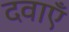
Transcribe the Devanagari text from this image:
दवाऍं